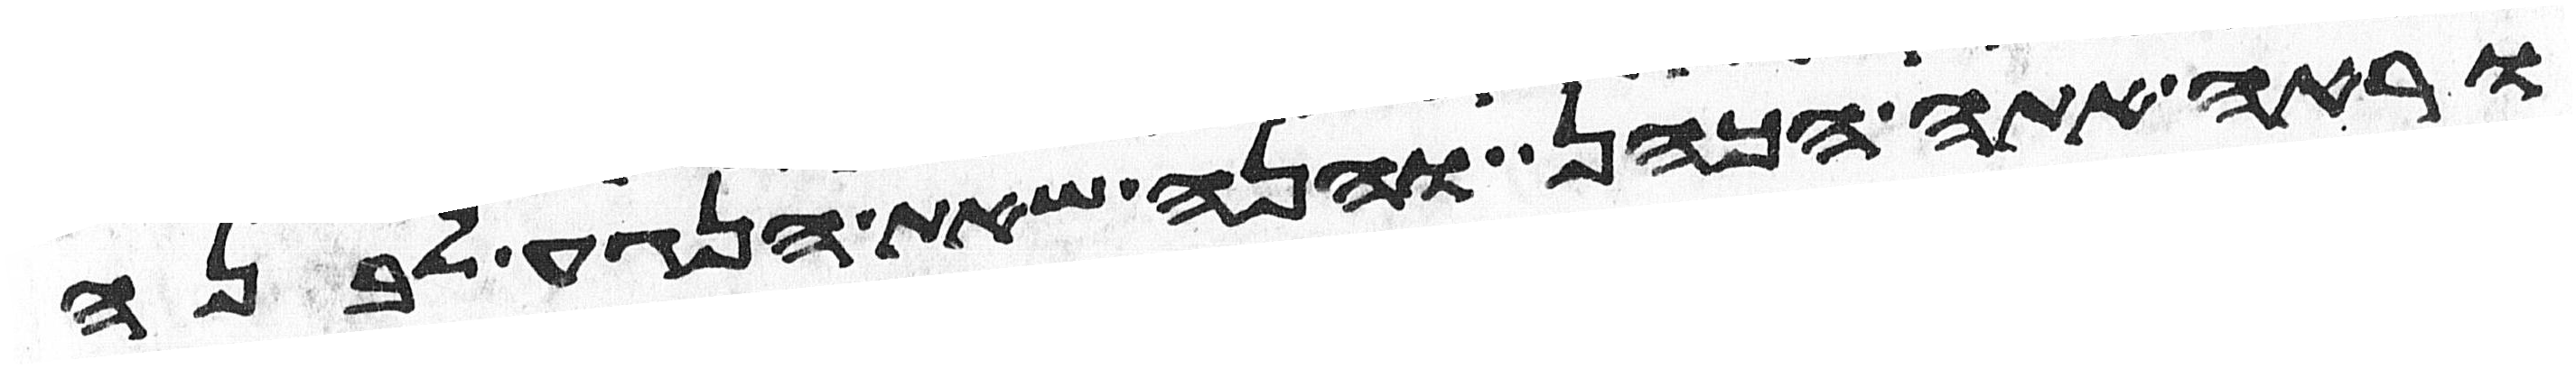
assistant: וראה אתה הכהן והנה שאת הנגע לבנה